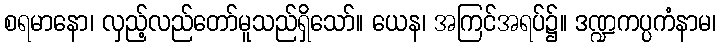
စရမာနော၊ လှည့်လည်တော်မူသည်ရှိသော်။ ယေန၊ အကြင်အရပ်၌။ ဒဏ္ဍကပ္ပကံနာမ၊